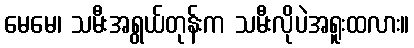
မေမေ၊ သမီးအရွယ်တုန်းက သမီးလိုပဲအရူးထလား။